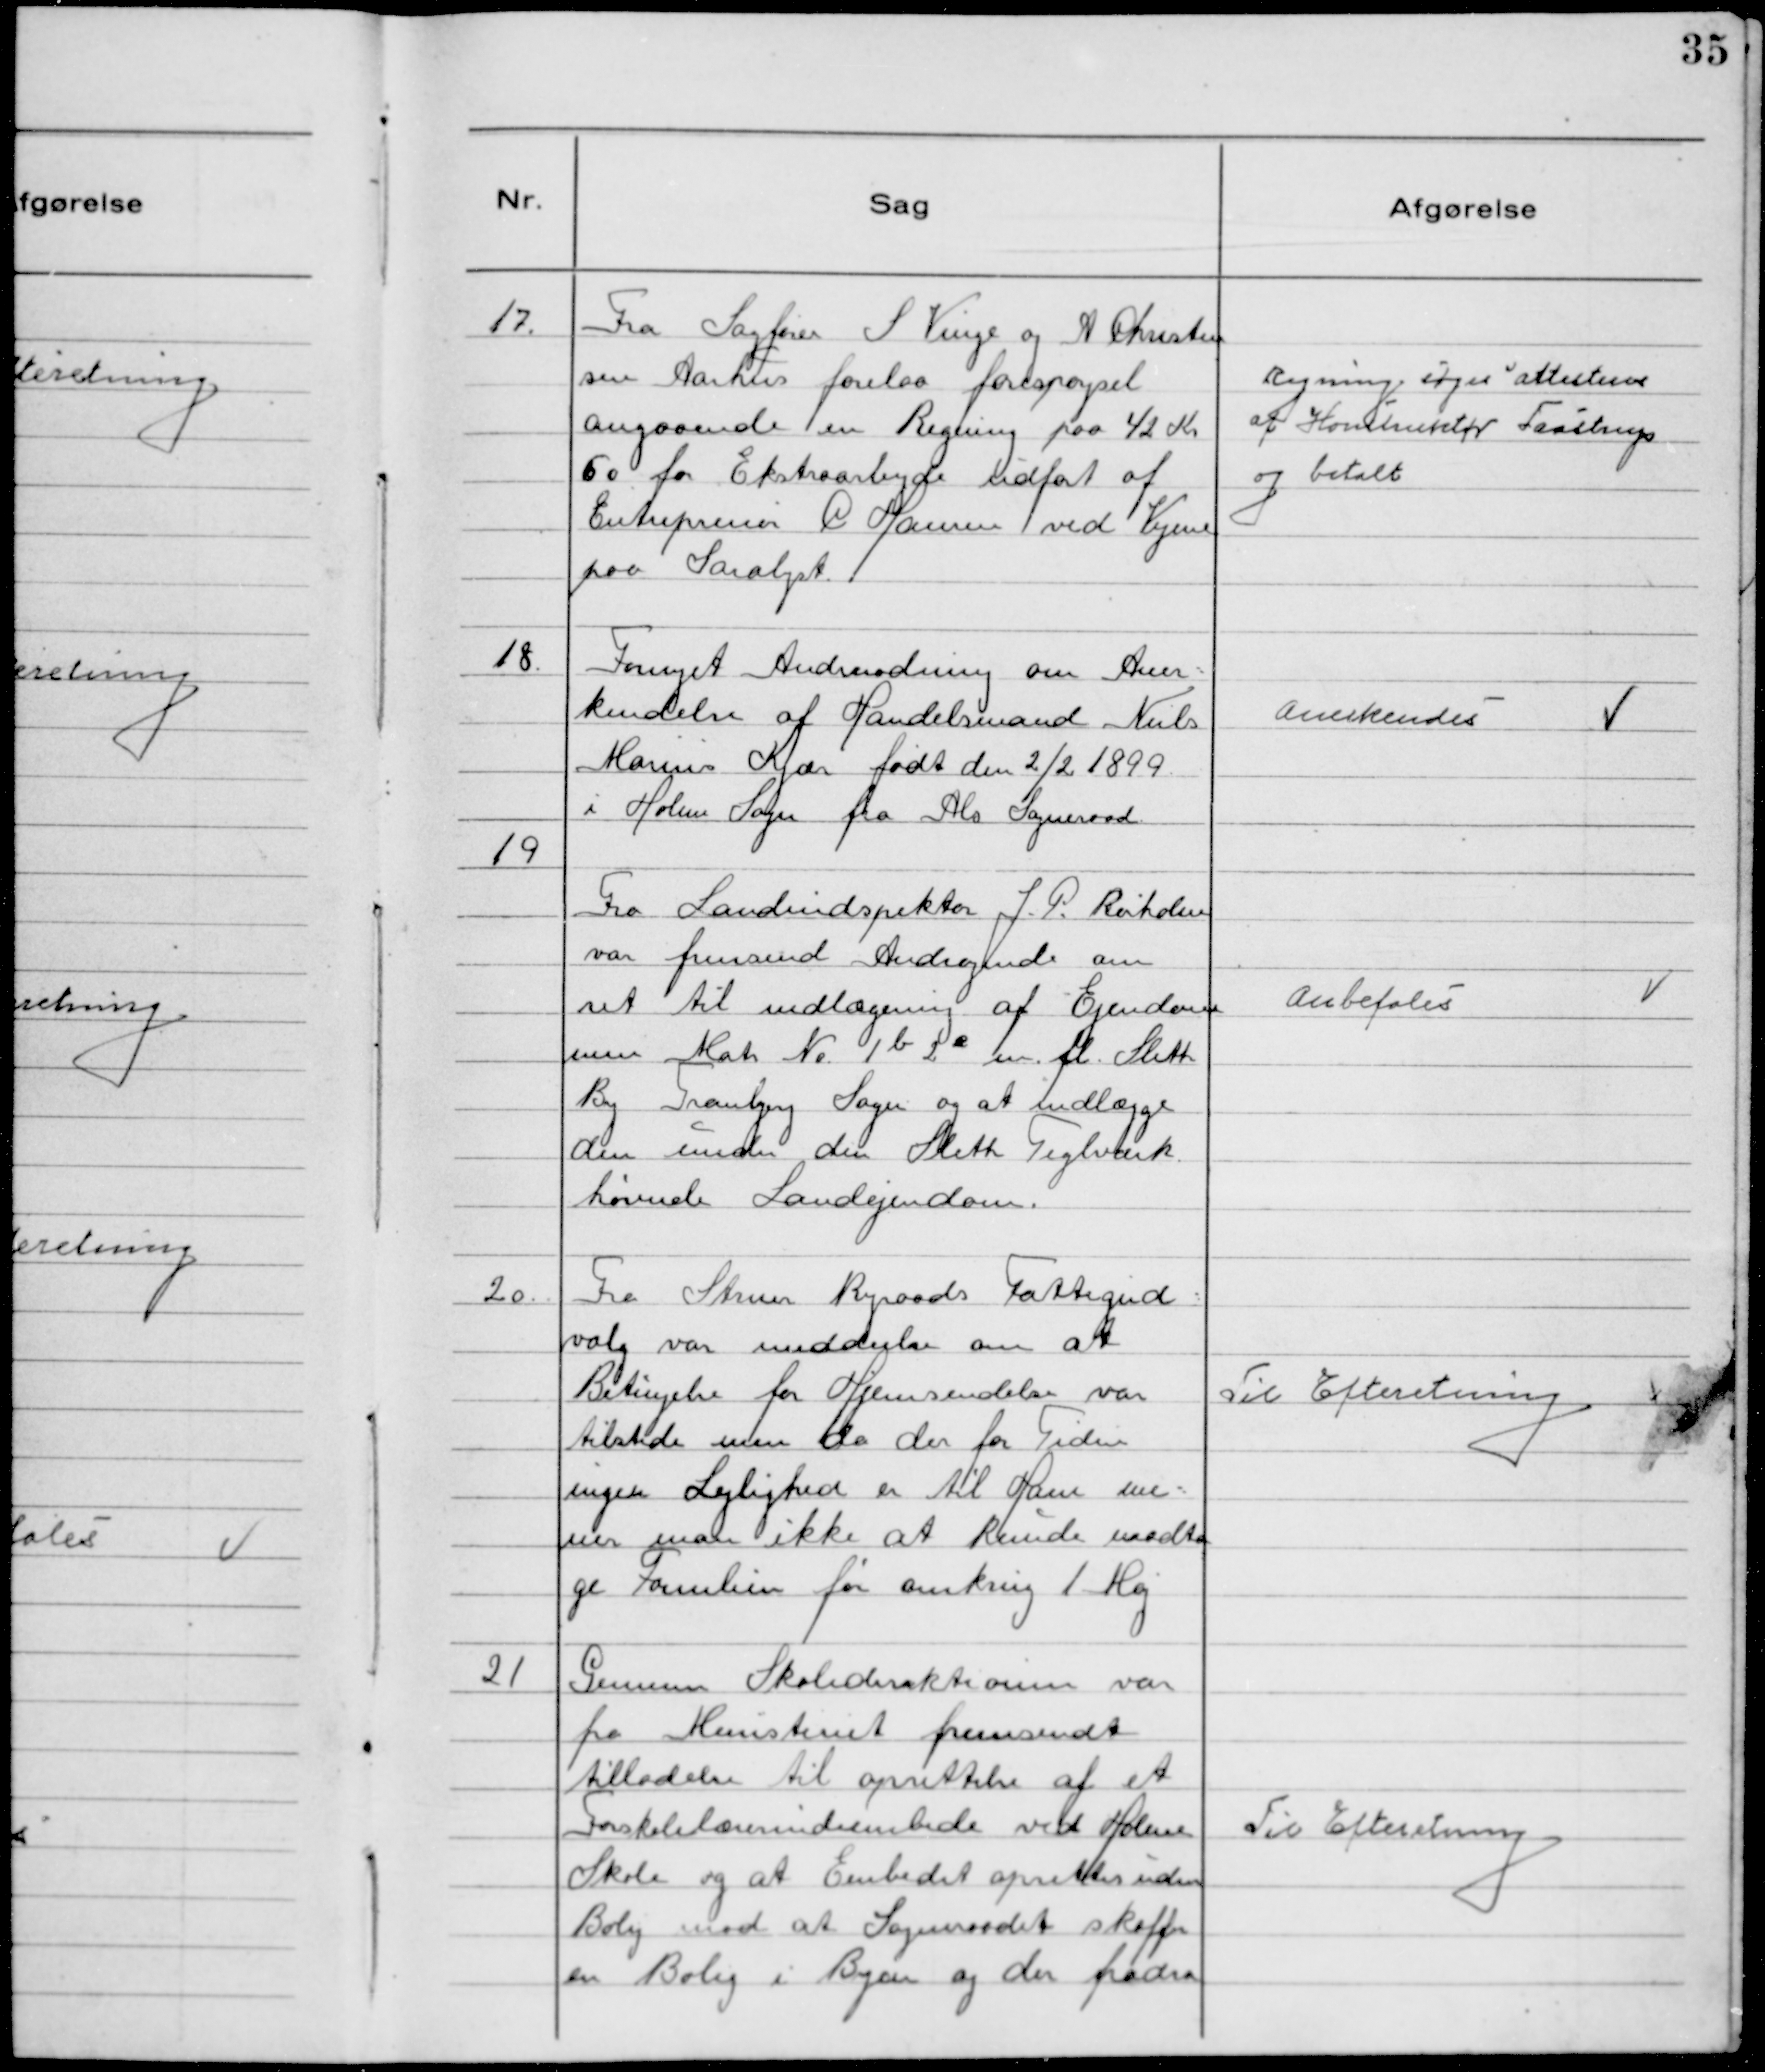
Transskription:
17. Fra Sagfører S Vinge og A Christen
sen Aarhus forelaa forespørgsel
angaaende en Regning paa 42 Kr
50 for Ekstraarbejde udført af
Entreprenør P Hansen ved Vejene
paa Saralyst.

Regning søges attesteres
af Konstruktør Taastrup
og betalt

18. Fornyet Andmodning om Aner
kendelse af Handelsmand Niels
Marius Kjær født den 2/2 1899
i Holme Sogn fra Als Sogneraad.

Anerkendes

19
Fra Landindspektor J.P. Rørholm
var fremsend Andragende om
ret til indlægning af Ejendom
men Matr N° 1b 2e m.fl. Sleth
By Tranbjerg Sogn og at indlægge
den under den Sleth Teglværk
hørende Landejendom.

Anbefales

20. Fra Struer Byraads Fattigud
valg var meddeelse om at
Betingelse for Hjemsendelse var
tilstede men da der for Tiden
ingen Lejlighed er til Ham me
ner man ikke at kunde modta
ge Familien før omkring 1 Maj

Til Efteretning

21 Gennem Skoledirektionen var
fra Ministeriet fremsendt
tilladelse til oprettelse af et
Forskolelærerindeembede ved Holme
Skole og at Embedet oprettes uden
Bolig mod at Sogneraadet skaffer
en Bolig i Byen og der fradra

Til Efteretning